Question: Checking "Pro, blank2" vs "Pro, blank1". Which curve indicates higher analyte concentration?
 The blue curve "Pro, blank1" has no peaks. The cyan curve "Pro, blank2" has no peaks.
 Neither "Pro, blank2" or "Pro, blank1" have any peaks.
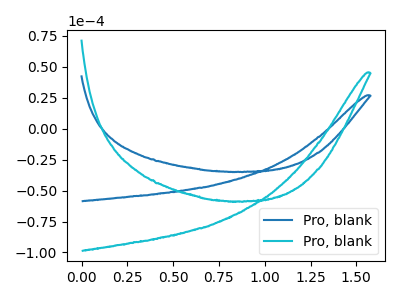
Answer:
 <answer>I cant tell if "Pro, blank2" or "Pro, blank1" has higher concentration.</answer>
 <eval>mixed_concentration</eval>